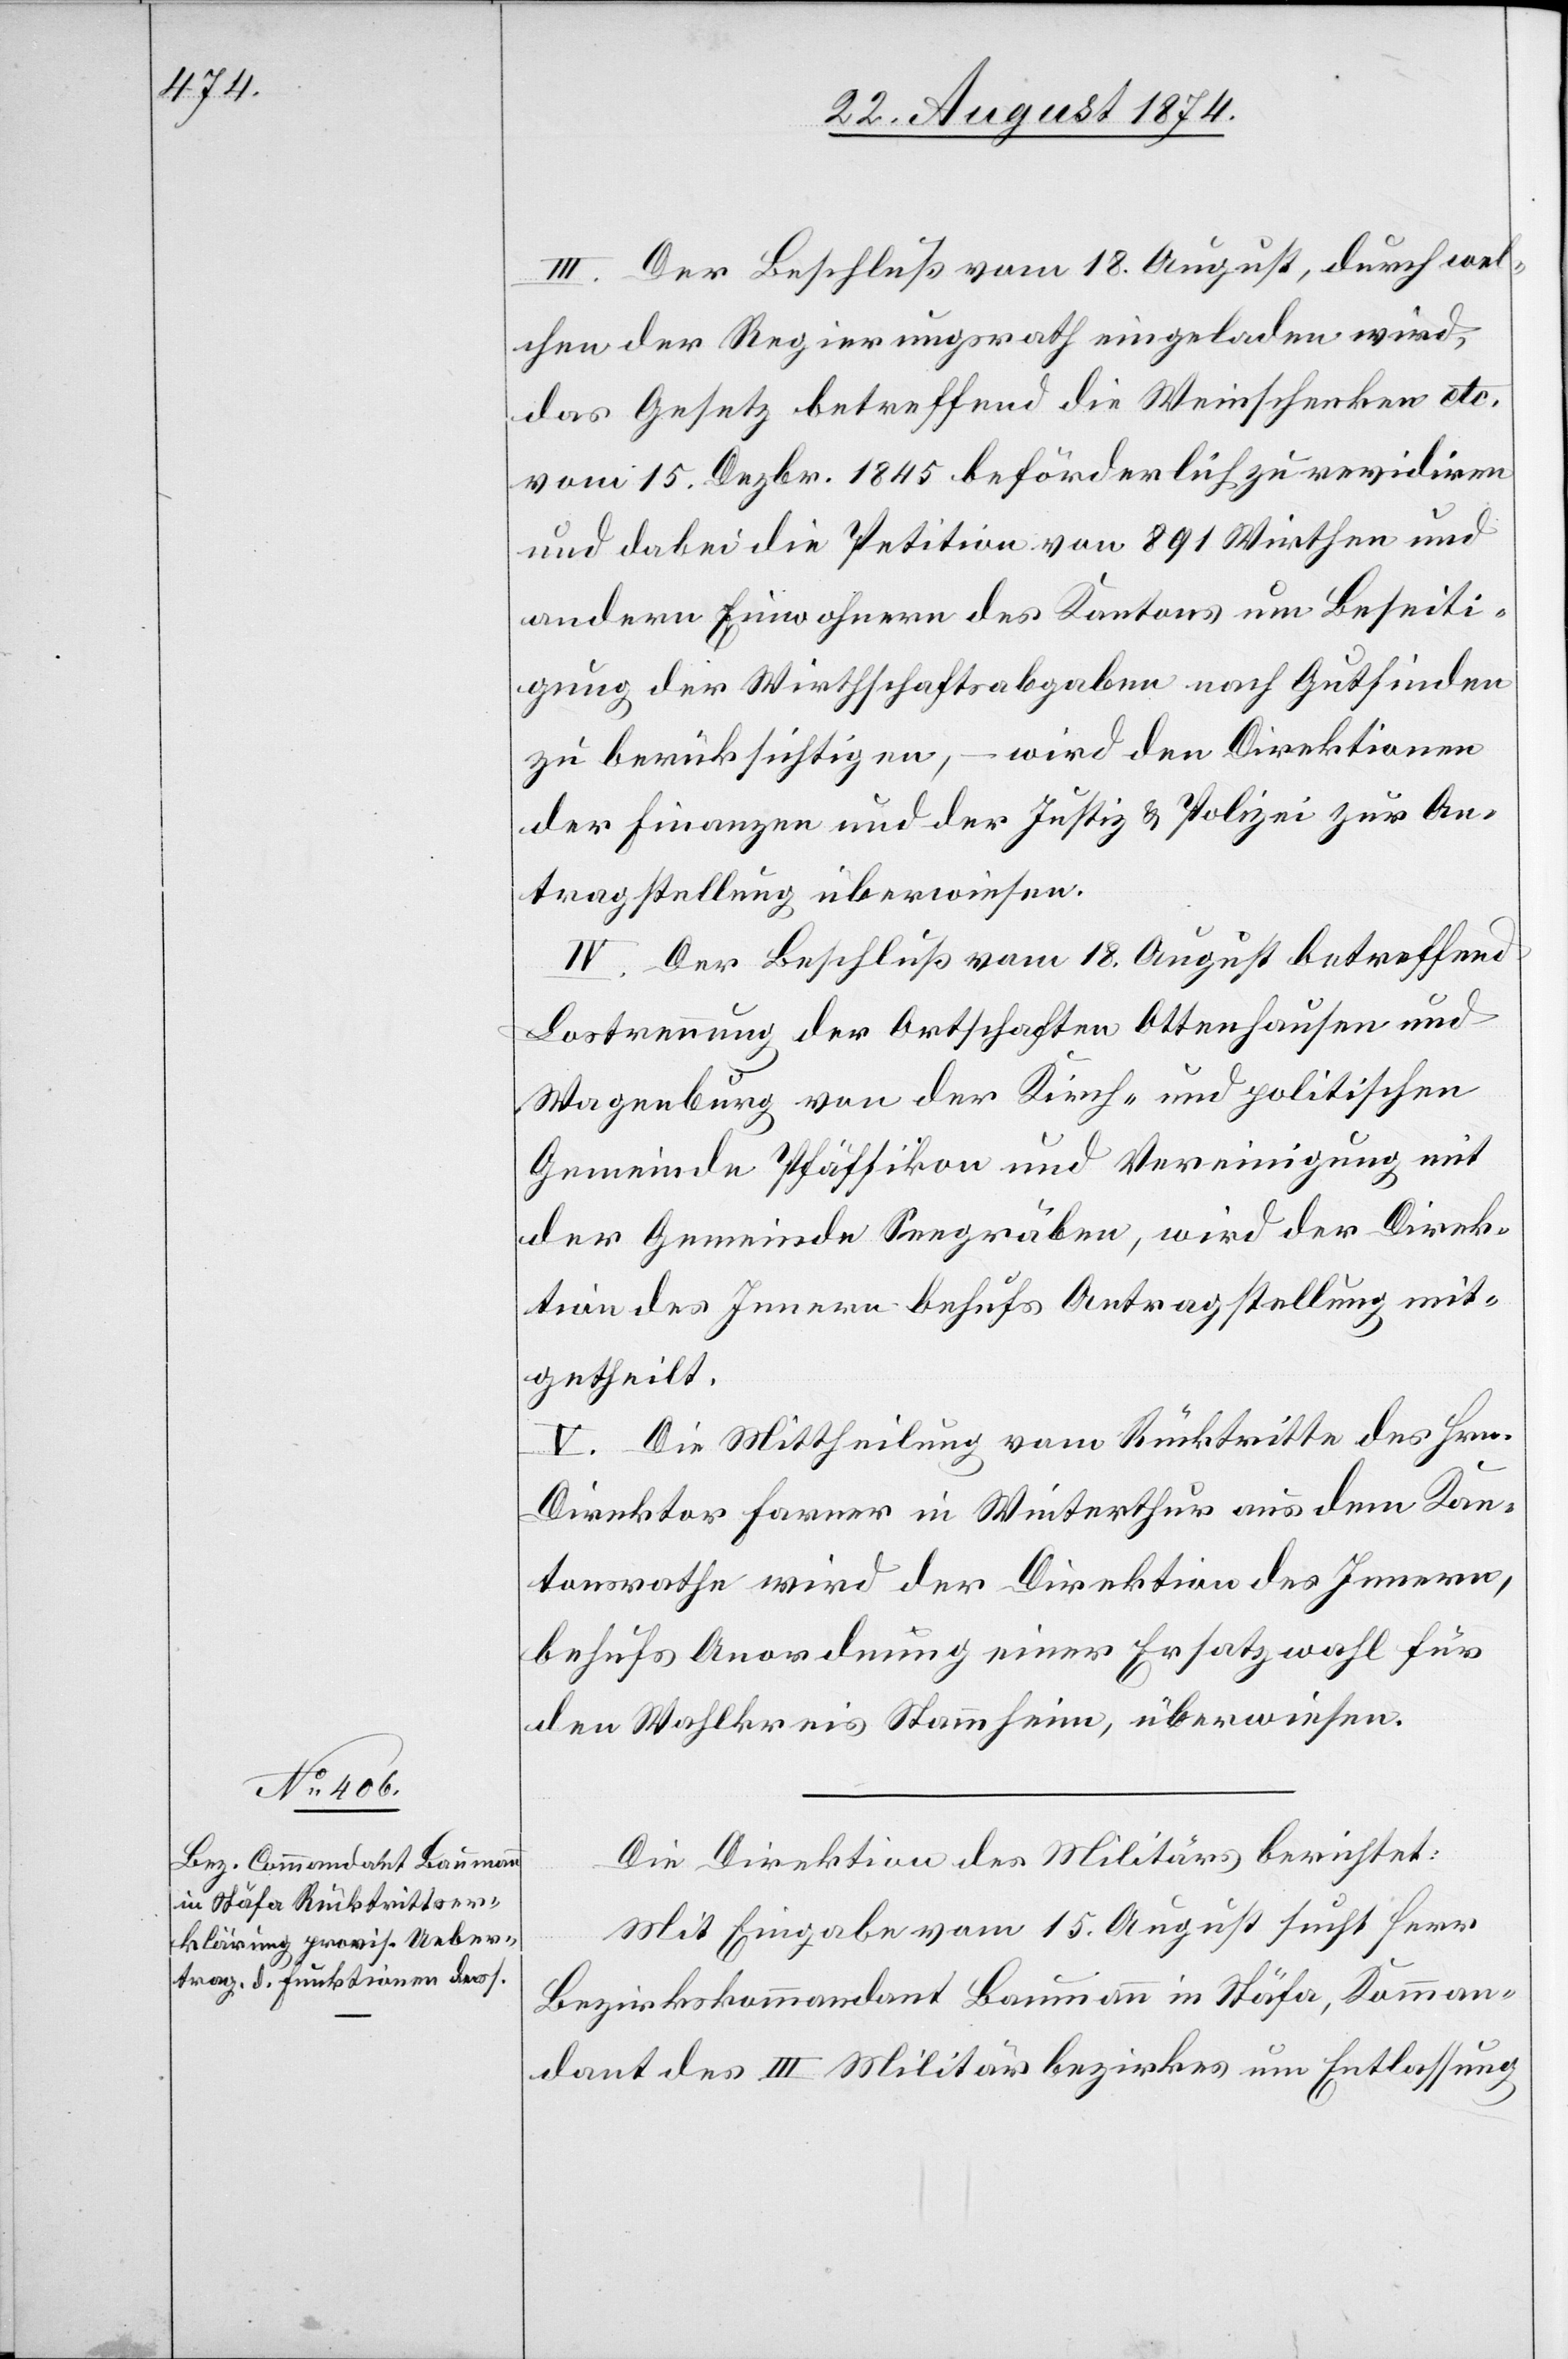
III. Der Beschluß vom 18. August, durch wel¬
chen der Regierungsrath eingeladen wird,
das Gesetz betreffend die Weinschenken etc.
vom 15. Dezbr. 1845 beförderlich zu revidiren
und dabei die Petition von 891 Wirthen und
andern Einwohnern des Kantons um Beseiti¬
gung der Wirthschaftsabgaben nach Gutfinden
zu berücksichtigen, – wird der Direktionen
der Finanzen und der Justiz u. Polizei zur An¬
tragstellung überwiesen.
IV. Der Beschluß vom 18. August betreffend
Lostrennung der Ortschaften Ottenhausen und
Wagenburg von der Kirch- und politischen
Gemeinde Pfäffikon und Vereinigung mit
der Gemeinde Seegräben, wird der Direk¬
tion des Innern behufs Antragstellung mit¬
getheilt.
V. Die Mittheilung vom Rücktritte des Hrn.
Direktor Farner in Winterthur aus dem Kan¬
tonsrathe wird der Direktion des Innern,
behufs Anordnung einer Ersatzwahl für
den Wahlkreis Stammheim, überwiesen.
Die Direktion des Militärs berichtet:
Mit Eingabe vom 15. August sucht Herr
Bezirkskommandant Baumann in Stäfa, Komman¬
dant des III. Militärbezirkes um Entlassung